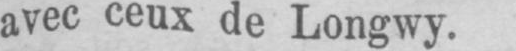
avec ceux de Longwy.